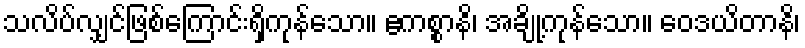
သလိပ်လျှင်ဖြစ်ကြောင်းရှိကုန်သော။ ဧကစ္စာနိ၊ အချို့ကုန်သော။ ဝေဒယိတာနိ၊